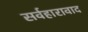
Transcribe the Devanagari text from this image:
सर्वहारावाद